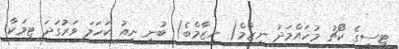
ޓީސީގެ ކޯޗު މުހައްމަދު ނިޒާމް( ނިޒާމްބެ) ބުނީ ނިއު ކަހަލަ ވަރުގަދަ ޓީމަކާ